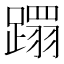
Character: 𮜍